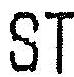
ST